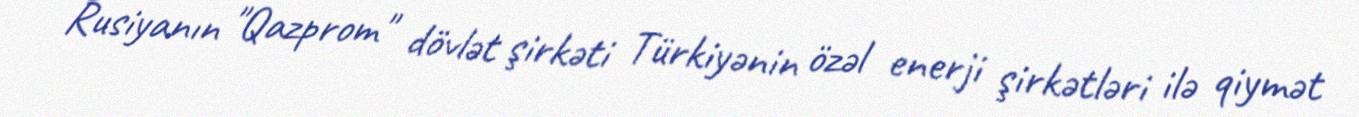
Rusiyanın "Qazprom" dövlət şirkəti Türkiyənin özəl enerji şirkətləri ilə qiymət